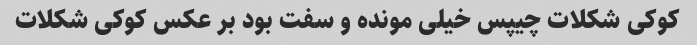
کوکی شکلات چیپس خیلی مونده و سفت بود بر عکس کوکی شکلات